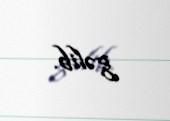
gəlib.